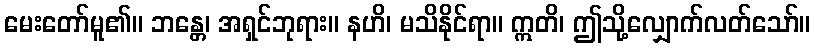
မေးတော်မူ၏။ ဘန္တေ၊ အရှင်ဘုရား။ နဟိ၊ မသိနိုင်ရာ။ ဣတိ၊ ဤသို့လျှောက်လတ်သော်။